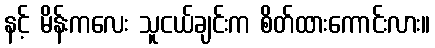
နင့် မိန်းကလေး သူငယ်ချင်းက စိတ်ထားကောင်းလား။